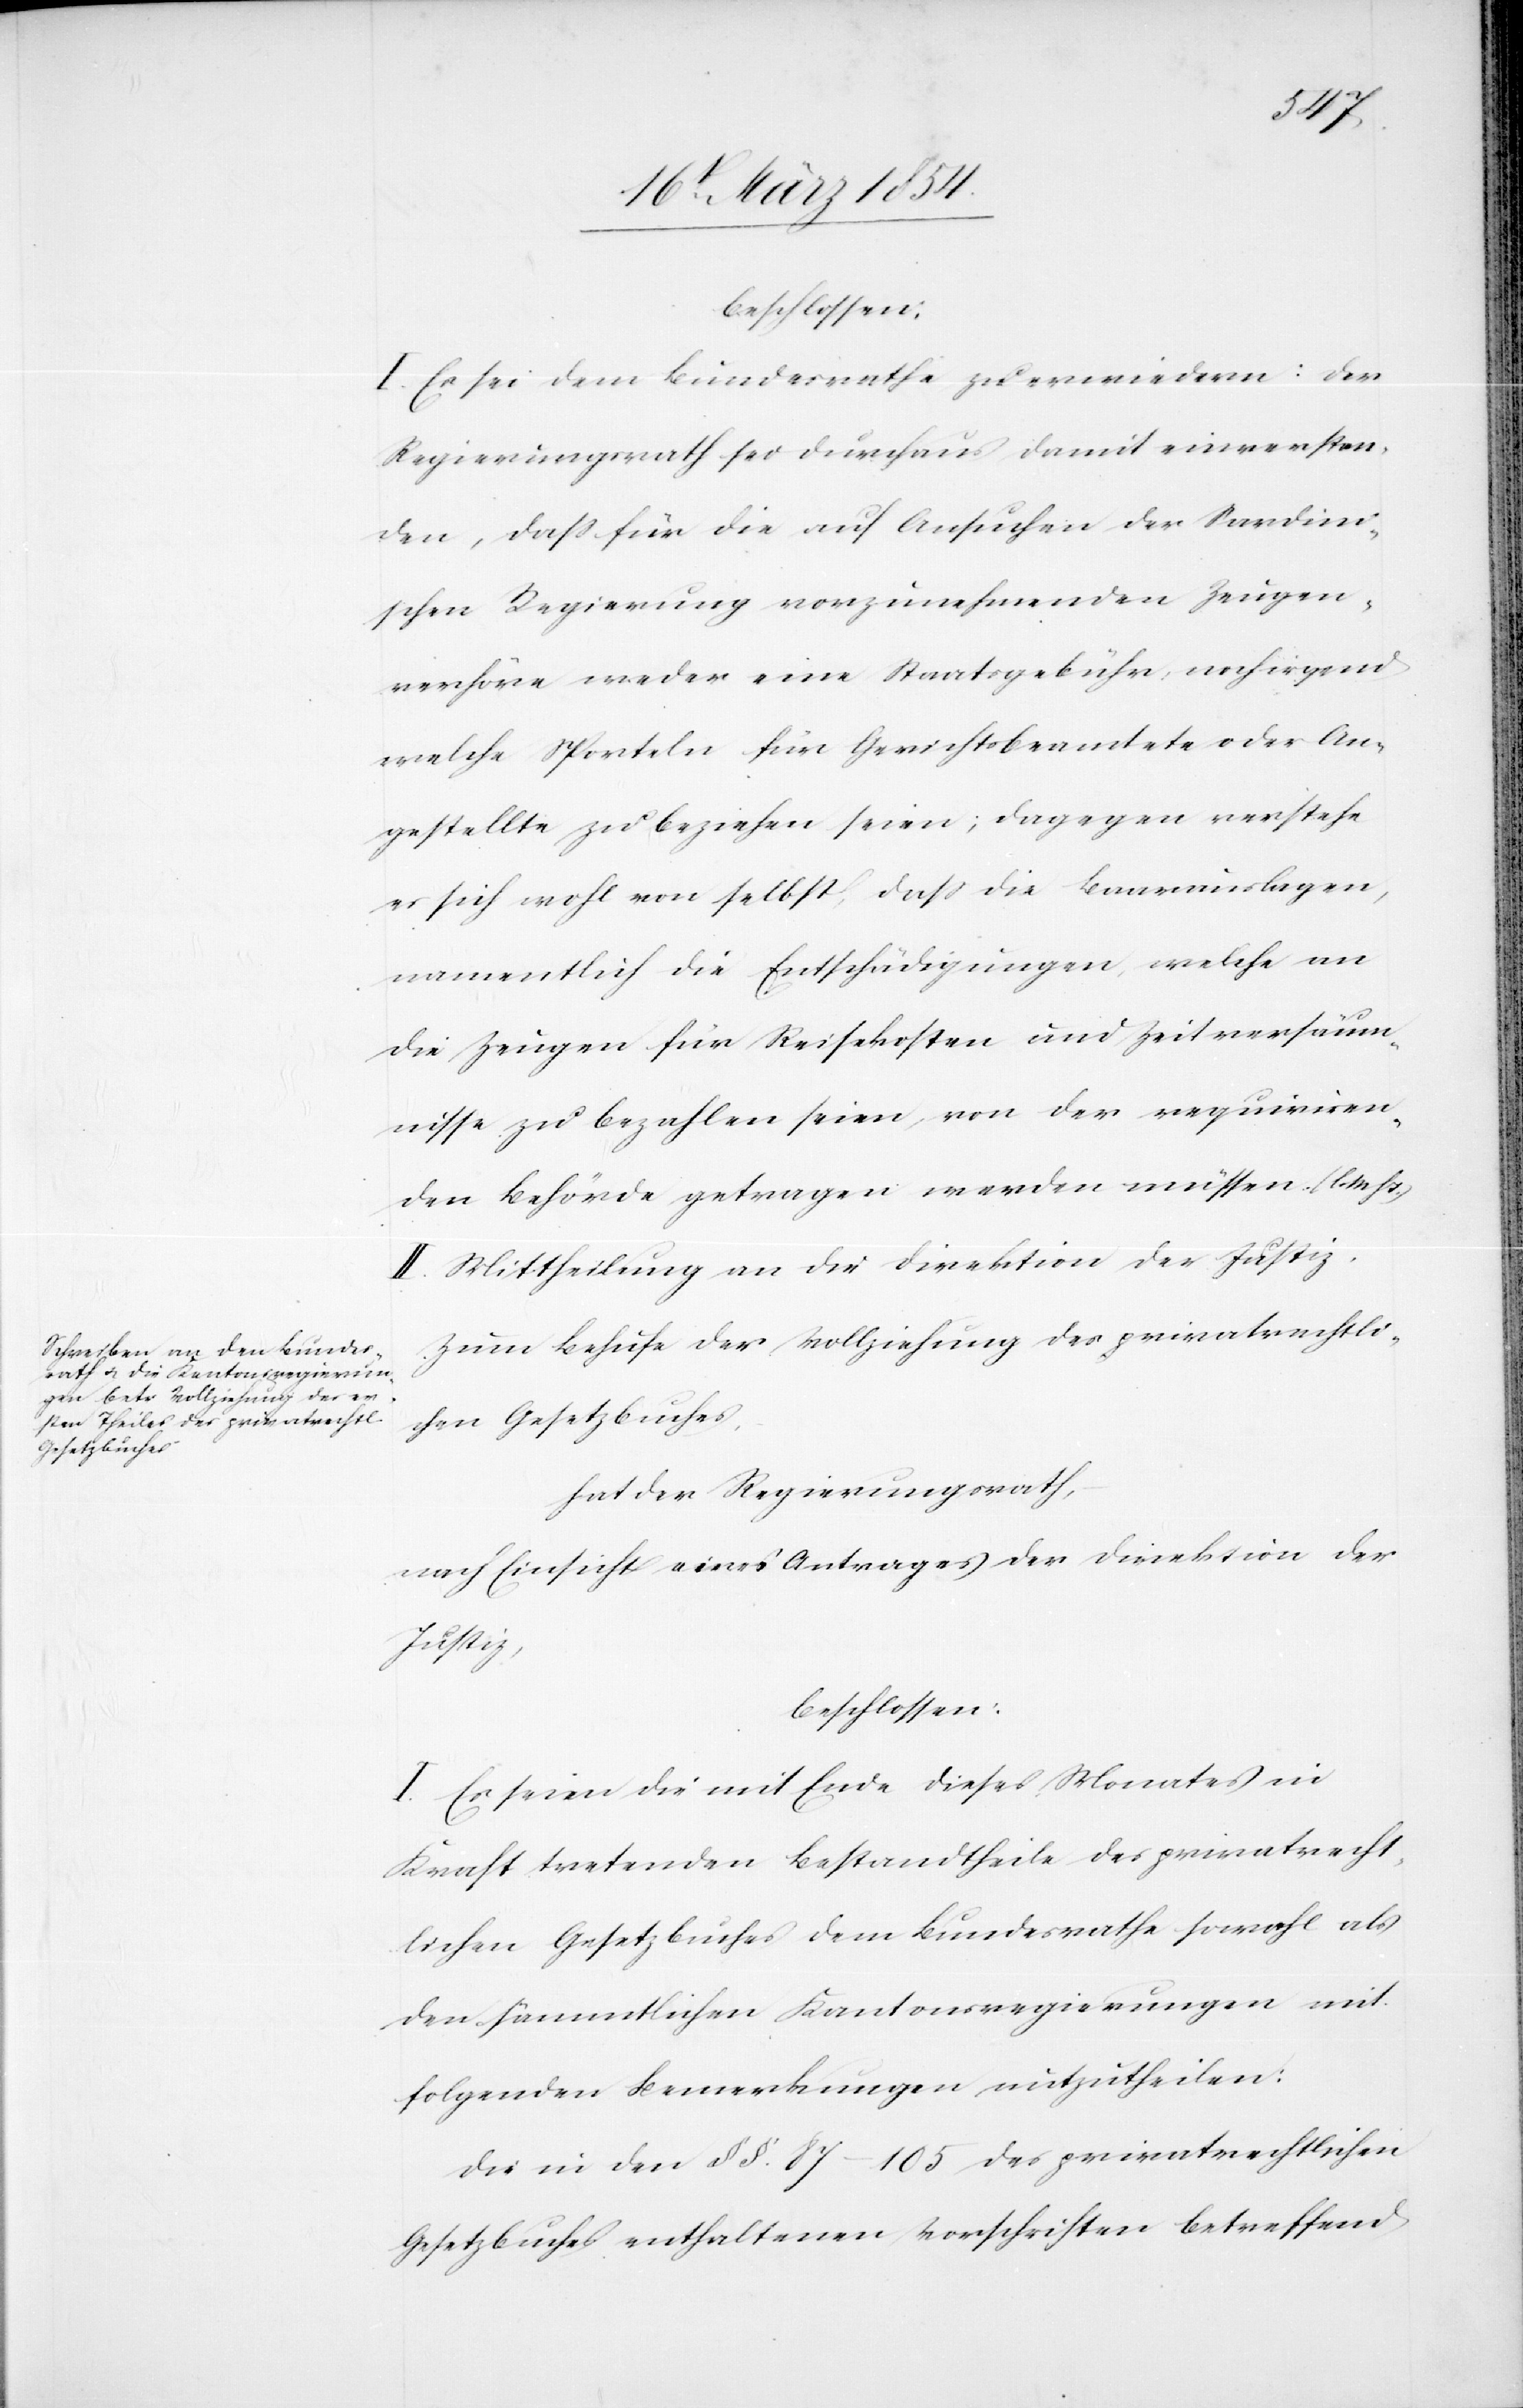
beschlossen:
I. Es sei dem Bundesrathe zu erwiedern: Der
Regierungsrath sei durchaus damit einverstan¬
den, daß für die auf Ansuchen der Sardini¬
schen Regierung vorzunehmenden Zeugen¬
verhöre weder eine Staatsgebühr noch irgend
welche Sporteln für Gerichtsbeamtete oder An¬
gestellte zu beziehen seien; dagegen verstehe
es sich wohl von selbst, daß die Baarauslagen,
namentlich die Entschädigungen, welche an
die Zeugen für Reisekosten und Zeitversäum¬
nisse zu bezahlen seien, von der requiriren¬
den Behörde getragen werden müssen. (l.
II. Mittheilung an die Direktion der Justiz.
Zum Behufe der Vollziehung des privatrechtli¬
chen Gesetzbuches,
hat der Regierungsrath,
nach Einsicht eines Antrages der Direktion der
Justiz,
beschlossen:
I. Es seien die mit Ende dieses Monates in
Kraft tretenden Bestandtheile des privatrecht¬
lichen Gesetzbuches dem Bundesrathe sowohl als
den sämmtlichen Kantonsregierungen mit
folgenden Bemerkungen mitzutheilen:
Die in den §§. 87–105 des privatrechtlichen
Gesetzbuches enthaltenen Vorschriften betreffend